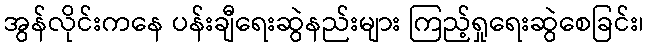
အွန်လိုင်းကနေ ပန်းချီရေးဆွဲနည်းများ ကြည့်ရှုရေးဆွဲစေခြင်း၊